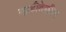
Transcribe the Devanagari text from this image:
गाडीदेखील